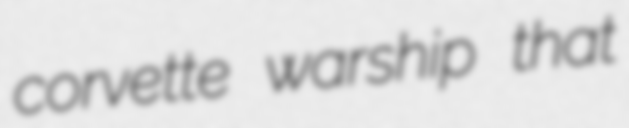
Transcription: corvette warship that